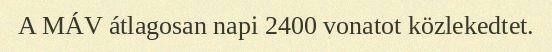
A MÁV átlagosan napi 2400 vonatot közlekedtet.